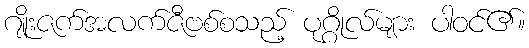
ဂျိုးဇက်အလက်ဇီဗစ်စသည့် ပုဂ္ဂိုလ်များ ပါဝင်၏။